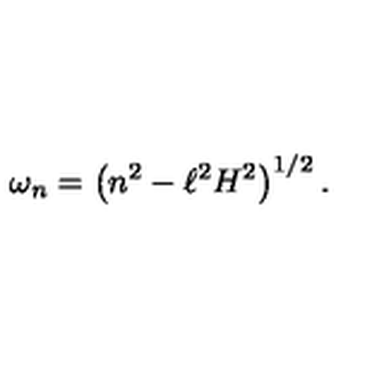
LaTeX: \omega _ { n } = \left( n ^ { 2 } - \ell ^ { 2 } H ^ { 2 } \right) ^ { 1 / 2 } .